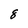
Character: 8